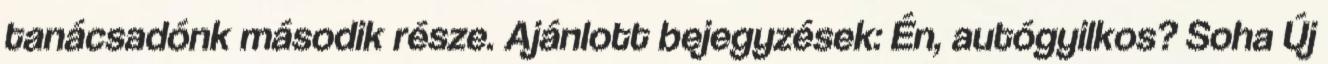
tanácsadónk második része. Ajánlott bejegyzések: Én, autógyilkos? Soha Új